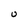
Character: U